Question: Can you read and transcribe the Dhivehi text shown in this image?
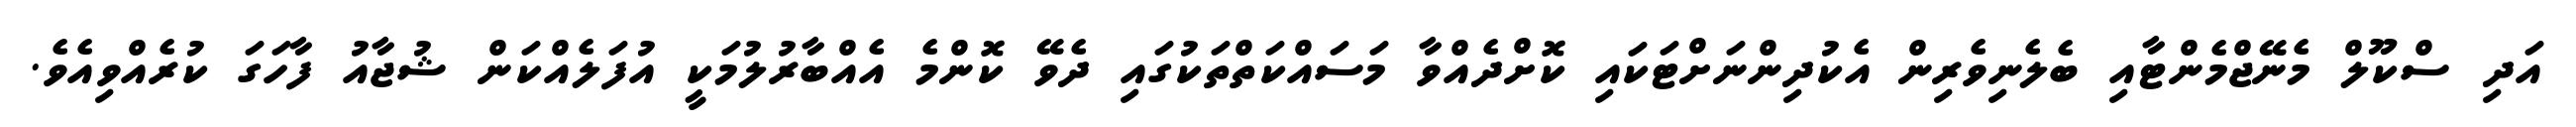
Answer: އަދި ސްކޫލް މެނޭޖްމެންޓާއި ބެލެނިވެރިން އެކުދިންނަށްޓަކައި ކޮށްދެއްވާ މަސައްކަތްތަކުގައި ދެވޭ ކޮންމެ އެއްބާރުލުމަކީ އުފަލެއްކަން ޝުޖާއު ފާހަގަ ކުރެއްވިއެވެ.